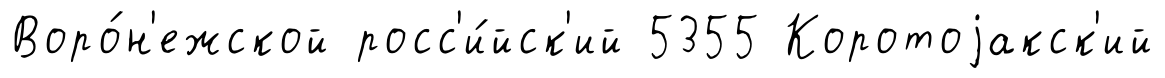
Воро́н'ежской росс'и́йск'ий 5355 Коротоjакск'ий